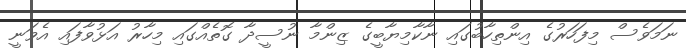
ނަމަވެސް މިފަހަރުގެ އިންތިހާބުގައި ނާކާމިޔާބީގެ ޒިންމާ ނުސީދާ ގޮތެއްގައި މިހާރު އަޅުވާފައި އެވަނީ